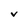
Character: V